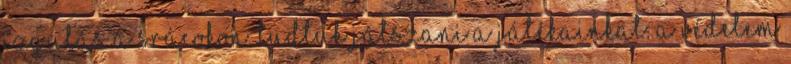
izgulás a srácokon. Tudtuk játszani a játékainkat. A védelem